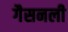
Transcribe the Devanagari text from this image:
गैसनली